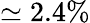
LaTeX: \simeq 2.4\%